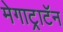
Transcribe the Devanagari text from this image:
मेगाट्राटॅन